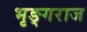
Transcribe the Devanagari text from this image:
भृङ्गराज